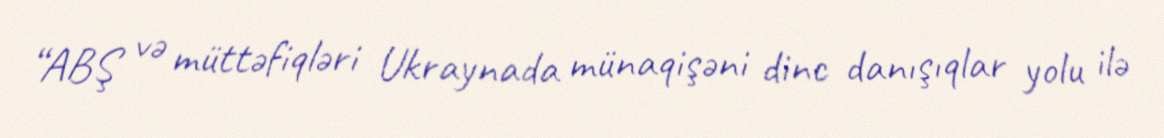
“ABŞ və müttəfiqləri Ukraynada münaqişəni dinc danışıqlar yolu ilə